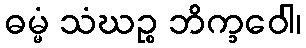
ဓမ္မံ သံဃဉ္စ ဘိက္ခဝေါ၊